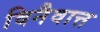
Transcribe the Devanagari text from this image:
विनैवात्त